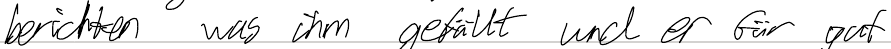
berichten was ihm gefällt und er für gut